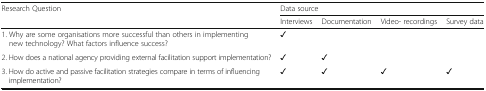
<table><thead><tr><td rowspan="2"><b>Research Question</b></td><td colspan="4"><b>Data source</b></td></tr><tr><td><b>Interviews</b></td><td><b>Documentation</b></td><td><b>Video- recordings</b></td><td><b>Survey data</b></td></tr></thead><tbody><tr><td>1. Why are some organisations more successful than others in implementing new technology? What factors influence success?</td><td>✓</td><td></td><td></td><td></td></tr><tr><td>2. How does a national agency providing external facilitation support implementation?</td><td>✓</td><td>✓</td><td></td><td></td></tr><tr><td>3. How do active and passive facilitation strategies compare in terms of influencing implementation?</td><td>✓</td><td>✓</td><td>✓</td><td>✓</td></tr></tbody></table>